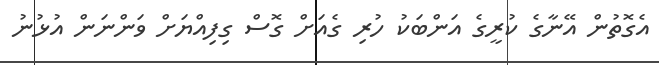
އެގޮތުން އޭނާގެ ކުރީގެ އަންބަކު ހުރި ގެއަށް ގޮސް ގިފިއްޔަށް ވަންނަން އުޅުނު